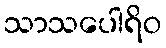
သာသပေါရိဝ